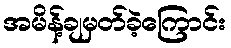
အမိန့်ချမှတ်ခဲ့ကြောင်း